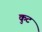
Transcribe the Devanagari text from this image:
कुटं